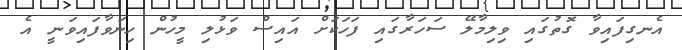
އެނގިފައިވާ ގޮތުގައި ވިލިމާލޭ ސަހަރާގައި ފަހަކަށް އައިސް ވަޅުލި މީހުން ހިނަވާފައިވަނީ އެ